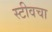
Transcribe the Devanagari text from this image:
स्टीवचा